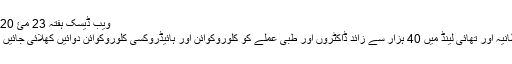
ویب ڈیسک ہفتہ 23 مئ 2020
برطانیہ اور تھائی لینڈ میں 40 ہزار سے زائد ڈاکٹروں اور طبی عملے کو کلوروکوائن اور ہائیڈروکسی کلوروکوائن دوائیں کھلائی جائیں گی۔